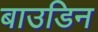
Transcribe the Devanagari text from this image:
बाउडिन